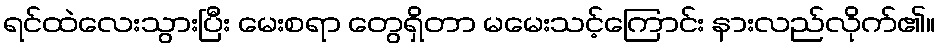
ရင်ထဲလေးသွားပြီး မေးစရာ တွေရှိတာ မမေးသင့်ကြောင်း နားလည်လိုက်၏။